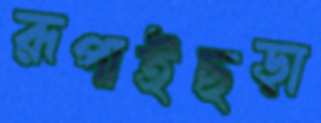
রূপাইছড়া